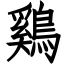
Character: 鷄